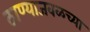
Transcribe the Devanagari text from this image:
ठाण्याजवळच्या